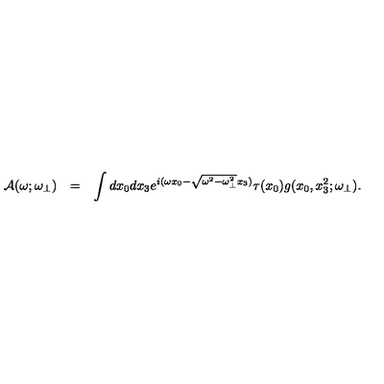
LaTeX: \begin{array} { r c l } { { \cal A } ( \omega ; \omega _ { \bot } ) } & { = } & { \displaystyle \int d x _ { 0 } d x _ { 3 } e ^ { i ( \omega x _ { 0 } - \sqrt { \omega ^ { 2 } - \omega _ { \bot } ^ { 2 } } x _ { 3 } ) } \tau ( x _ { 0 } ) g ( x _ { 0 } , x _ { 3 } ^ { 2 } ; \omega _ { \bot } ) . } \\ \end{array}